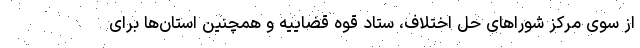
از سوی مرکز شوراهای حل اختلاف، ستاد قوه قضاییه و همچنین استان‌ها برای